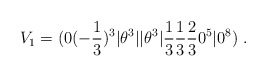
\begin{align*}V_1 =(0(-{1\over 3})^3 \vert \theta^3\vert\vert \theta^3\vert {1\over 3}{1\over 3}{2\over 3} 0^5 \vert 0^8)~.\end{align*}